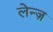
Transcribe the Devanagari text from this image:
लेन्ज़